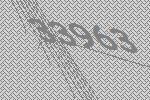
33963